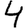
Digit: 4